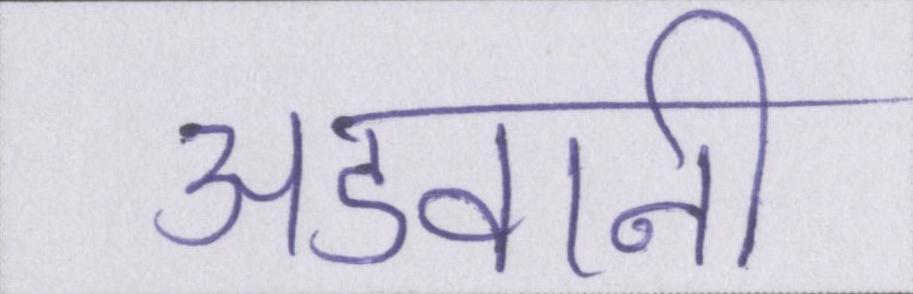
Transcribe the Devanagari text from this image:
अडवानी